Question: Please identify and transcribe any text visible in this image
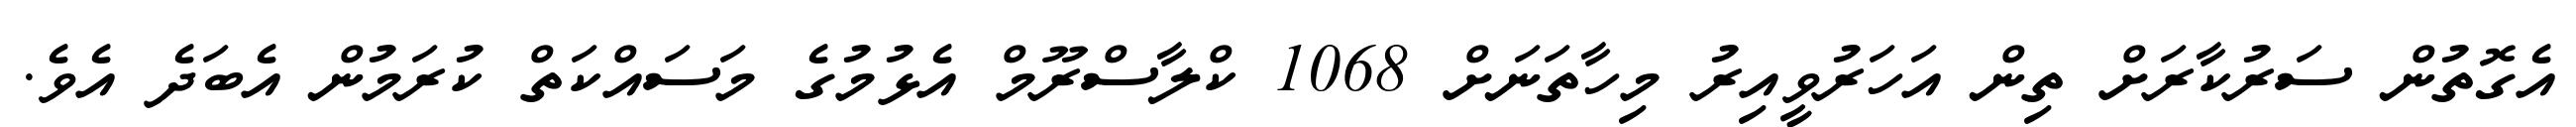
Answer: އެގޮތުން ސަރުކާރަށް ތިން އަހަރުވީއިރު މިހާތަނަށް 1068 ކްލާސްރޫމް އެޅުމުގެ މަސައްކަތް ކުރަމުން އެބަދެ އެވެ.